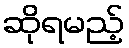
ဆိုရမည့်